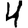
Digit: 4